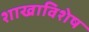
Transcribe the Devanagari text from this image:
शाखाविशेष